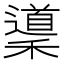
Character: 䆃